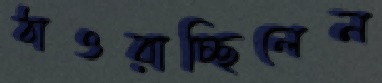
ঠাওরাচ্ছিলেন